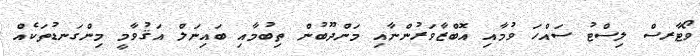
ވޯޓާރސް ލިސްޓު ސައްހަ ވުމާއި އޮބްޒާވަރުންނާއި މަންދޫބުން ތިބުމާއި ބައިނަލް އަޤުވާމީ މިންގަނޑުތަކެއް